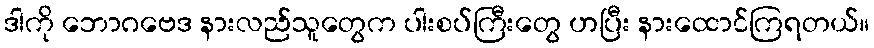
ဒါကို ဘောဂဗေဒ နားလည်သူတွေက ပါးစပ်ကြီးတွေ ဟပြီး နားထောင်ကြရတယ်။